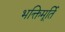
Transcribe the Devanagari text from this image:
भक्तिमूर्ति